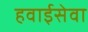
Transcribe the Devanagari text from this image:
हवाईसेवा